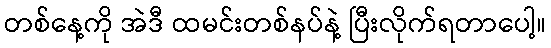
တစ်နေ့ကို အဲဒီ ထမင်းတစ်နပ်နဲ့ ပြီးလိုက်ရတာပေါ့။